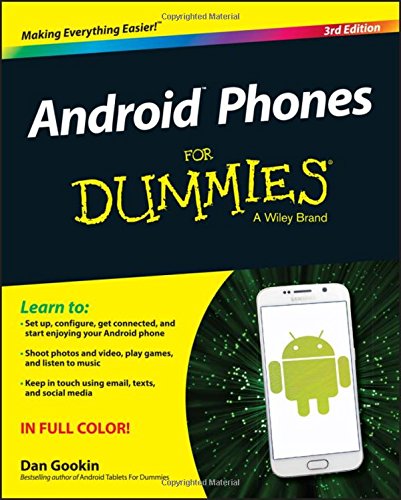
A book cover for Android Phones For Dummies; Dan Gookin; Computers & Technology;